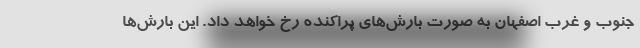
جنوب و غرب اصفهان به صورت بارش‌های پراکنده رخ خواهد داد. این بارش‌ها